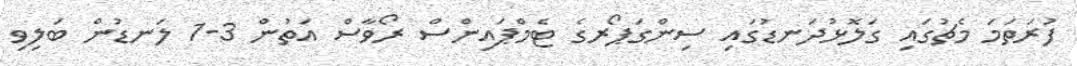
ފުރަތަމަ މެޗުގައި ގަލޮޅުދަނޑުގައި ސިންގަޕޯރގެ ޓެމްޕައިންސް ރޯވާސް އަތުން 3-1 ލަނޑުން ބަލިވި